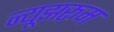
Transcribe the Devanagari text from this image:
न्यूझरूम